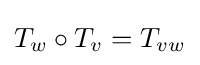
T_{w}\circ T_{v}=T_{vw}